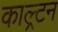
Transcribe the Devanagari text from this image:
काल्र्टन